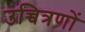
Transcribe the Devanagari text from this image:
उच्चित्रणों